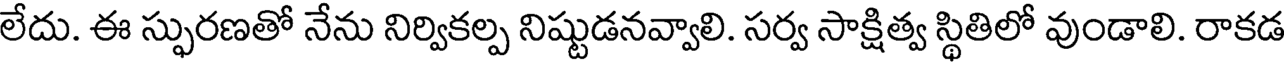
లేదు. ఈ స్ఫురణతో నేను నిర్వికల్ప నిష్టుడనవ్వాలి. సర్వ సాక్షిత్వ స్థితిలో వుండాలి. రాకడ